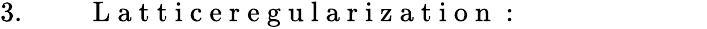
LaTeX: \begin{array}{rlr}{3.\ }&{{}}&{\mathrm{~L~a~t~t~i~c~e~r~e~g~u~l~a~r~i~z~a~t~i~o~n~:~}\qquad\qquad\qquad\phantom{.}}\end{array}